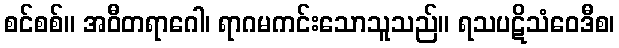
စင်စစ်။ အဝီတရာဂေါ၊ ရာဂမကင်းသောသူသည်။ ရသပဋိသံဝေဒီစ၊